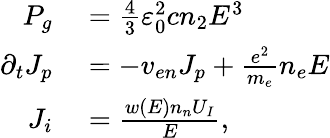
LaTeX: \begin{array}{rl}{P_{g}}&{{}=\frac{4}{3}\varepsilon_{0}^{2}cn_{2}E^{3}}\\ {\partial_{t}J_{p}}&{{}=-v_{en}J_{p}+\frac{e^{2}}{m_{e}}n_{e}E}\\ {J_{i}}&{{}=\frac{w(E)n_{n}U_{I}}{E},}\end{array}